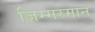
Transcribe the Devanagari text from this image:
ज़िम्मरमान